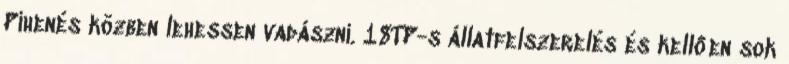
Pihenés közben lehessen vadászni. 18TP-s állatfelszerelés és kellően sok